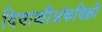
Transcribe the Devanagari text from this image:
दिवाळीअंकविक्री